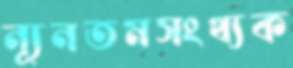
ন্যূনতমসংখ্যক